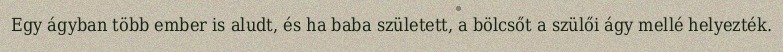
Egy ágyban több ember is aludt, és ha baba született, a bölcsőt a szülői ágy mellé helyezték.